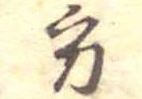
方